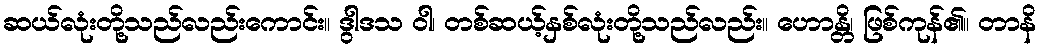
ဆယ်လုံးတို့သည်လည်းကောင်း။ ဒွါဒသ ဝါ၊ တစ်ဆယ့်နှစ်လုံးတို့သည်လည်း။ ဟောန္တိ၊ ဖြစ်ကုန်၏။ တာနိ